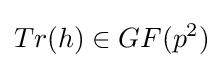
Tr(h)\in GF(p^{2})